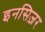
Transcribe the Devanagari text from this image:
इनसिज़र